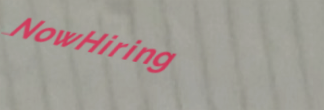
NowHiring